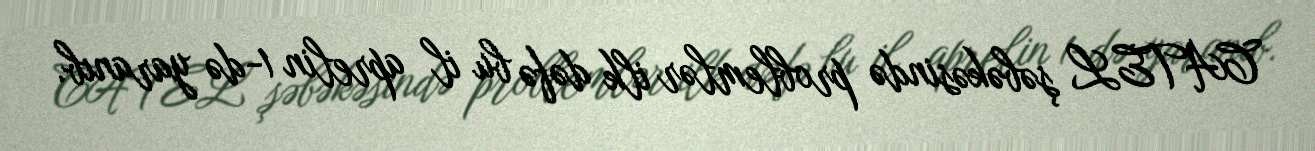
CATEL şəbəkəsində problemlər ilk dəfə bu il aprelin 1-də yaranıb.